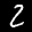
Label: 2